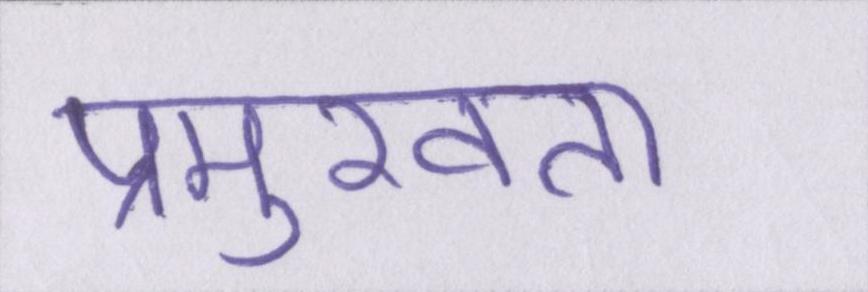
प्रमुखता